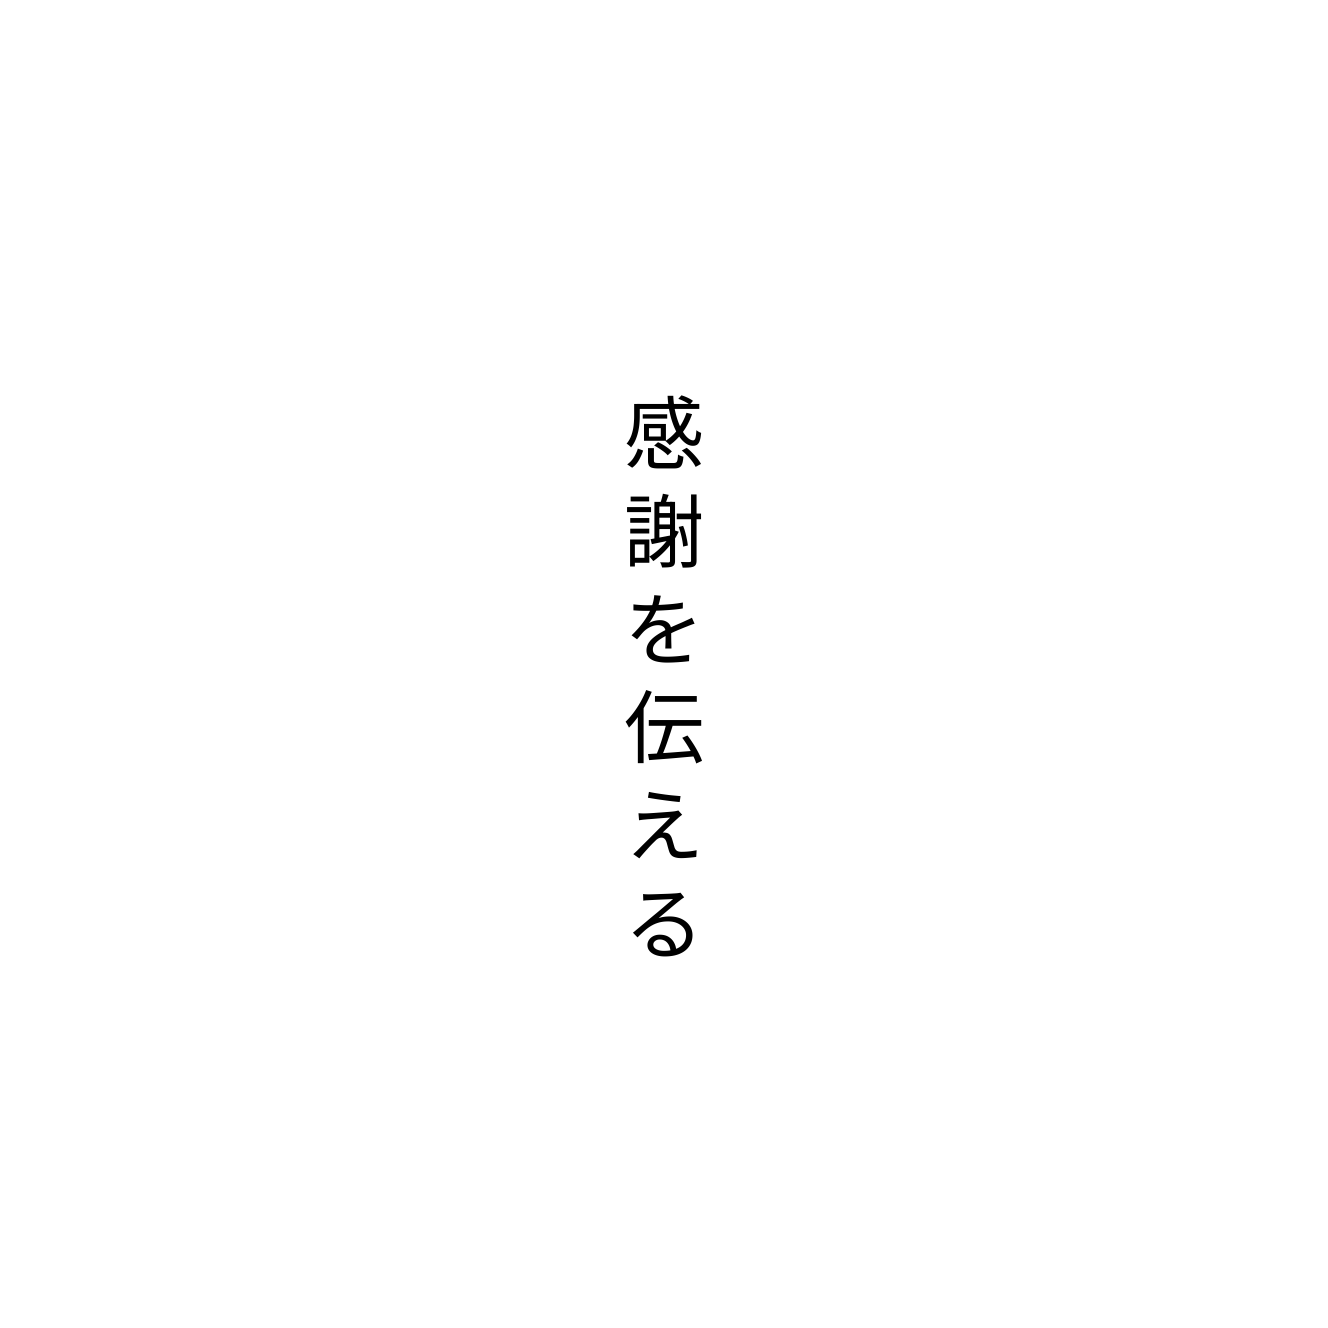
感謝を伝える